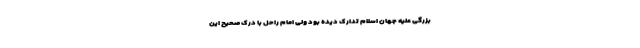
بزرگی علیه جهان اسلام تدارک دیده بود ولی امام راحل با درک صحیح این